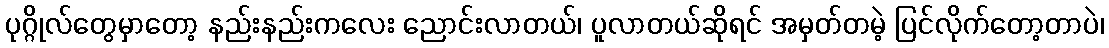
ပုဂ္ဂိုလ်တွေမှာတော့ နည်းနည်းကလေး ညောင်းလာတယ်၊ ပူလာတယ်ဆိုရင် အမှတ်တမဲ့ ပြင်လိုက်တော့တာပဲ၊